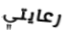
رعايتي